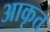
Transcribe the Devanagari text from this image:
आकृत